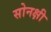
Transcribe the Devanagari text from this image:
सोनक्षी